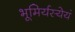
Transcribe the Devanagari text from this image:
भूमिर्यस्येयं